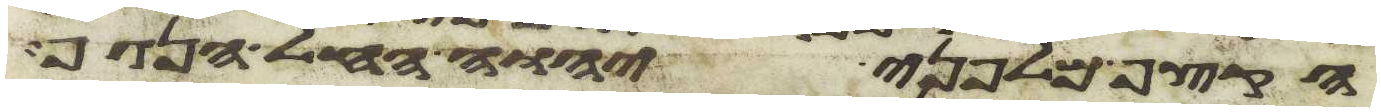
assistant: הקצף מלפני יהוה החל הנגף